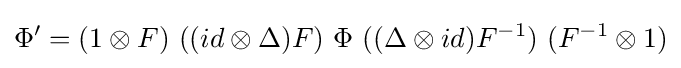
\Phi '=(1\otimes F)\ ((id\otimes \Delta )F)\ \Phi \ ((\Delta \otimes id)F^{-1})\ (F^{-1}\otimes 1)